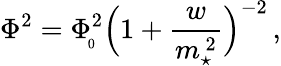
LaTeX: \Phi^{2}=\Phi_{\! _{0}}^{2}\Big(1+{\frac{w}{m_{\star}^{\, 2}}}\Big)^{-2}\, ,